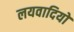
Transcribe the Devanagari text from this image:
लयवादियों